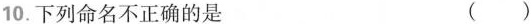
10.下列命名不正确的是 ()